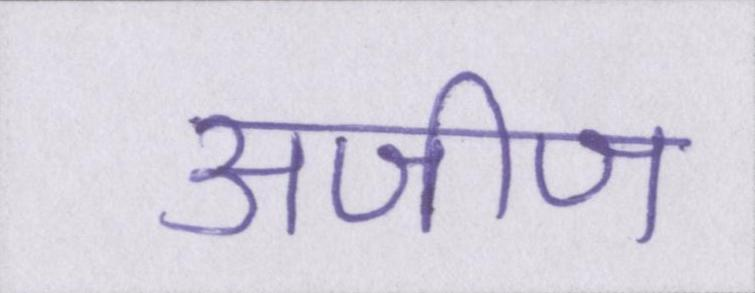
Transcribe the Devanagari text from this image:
अजीज